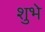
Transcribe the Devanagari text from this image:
शुभे